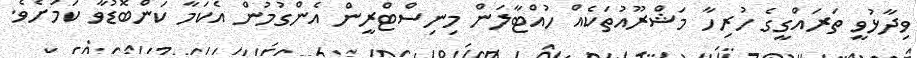
ވިދާޅުވީ ތަރައްގީގެ ހުރިހާ މަޝްރޫއުތަކެއް ހުއްޓާލަން މިނިސްޓްރީން އެންގުމުން އެކަމާ ކަންބޮޑުވާ ކަމަށެވެ.